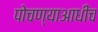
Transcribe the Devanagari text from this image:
पोचण्याआधीच